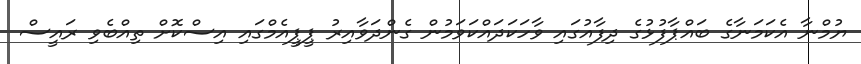
ޔުމްނާ އެކަމަނާގެ ބައްޕާފުޅުގެ ދިފާއުގައި ވާހަކަދައްކަވަމުން ގެންދަވާއިރު ޕީޕީއެމްގައި އިސްކޮށް ތިއްބެވި ރައީސް